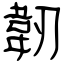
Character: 韌